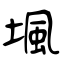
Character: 堸